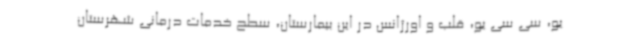
یو، سی سی یو، قلب و اورژانس در این بیمارستان، سطح خدمات درمانی شهرستان